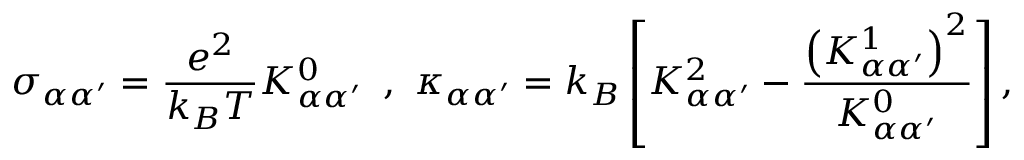
\sigma _ { \alpha \alpha ^ { \prime } } = \frac { e ^ { 2 } } { k _ { B } T } K _ { \alpha \alpha ^ { \prime } } ^ { 0 } \, ~ , ~ \kappa _ { \alpha \alpha ^ { \prime } } = k _ { B } \left[ K _ { \alpha \alpha ^ { \prime } } ^ { 2 } - \frac { \left( K _ { \alpha \alpha ^ { \prime } } ^ { 1 } \right) ^ { 2 } } { K _ { \alpha \alpha ^ { \prime } } ^ { 0 } } \right] ,